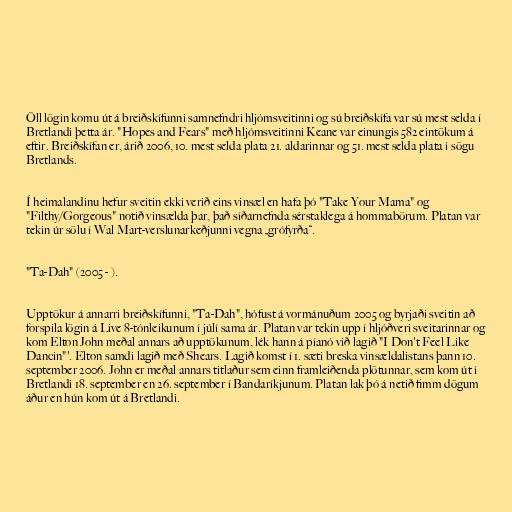
Öll lögin komu út á breiðskífunni samnefndri hljómsveitinni og sú breiðskífa var sú mest selda í
Bretlandi þetta ár. "Hopes and Fears" með hljómsveitinni Keane var einungis 582 eintökum á
eftir. Breiðskífan er, árið 2006, 10. mest selda plata 21. aldarinnar og 51. mest selda plata í sögu
Bretlands.

Í heimalandinu hefur sveitin ekki verið eins vinsæl en hafa þó "Take Your Mama" og
"Filthy/Gorgeous" notið vinsælda þar, það síðarnefnda sérstaklega á hommabörum. Platan var
tekin úr sölu í Wal Mart-verslunarkeðjunni vegna „grófyrða“.

"Ta-Dah" (2005 - ).

Upptökur á annarri breiðskífunni, "Ta-Dah", hófust á vormánuðum 2005 og byrjaði sveitin að
forspila lögin á Live 8-tónleikunum í júlí sama ár. Platan var tekin upp í hljóðveri sveitarinnar og
kom Elton John meðal annars að upptökunum, lék hann á píanó við lagið "I Don't Feel Like
Dancin"'. Elton samdi lagið með Shears. Lagið komst í 1. sæti breska vinsældalistans þann 10.
september 2006. John er meðal annars titlaður sem einn framleiðenda plötunnar, sem kom út í
Bretlandi 18. september en 26. september í Bandaríkjunum. Platan lak þó á netið fimm dögum
áður en hún kom út á Bretlandi.